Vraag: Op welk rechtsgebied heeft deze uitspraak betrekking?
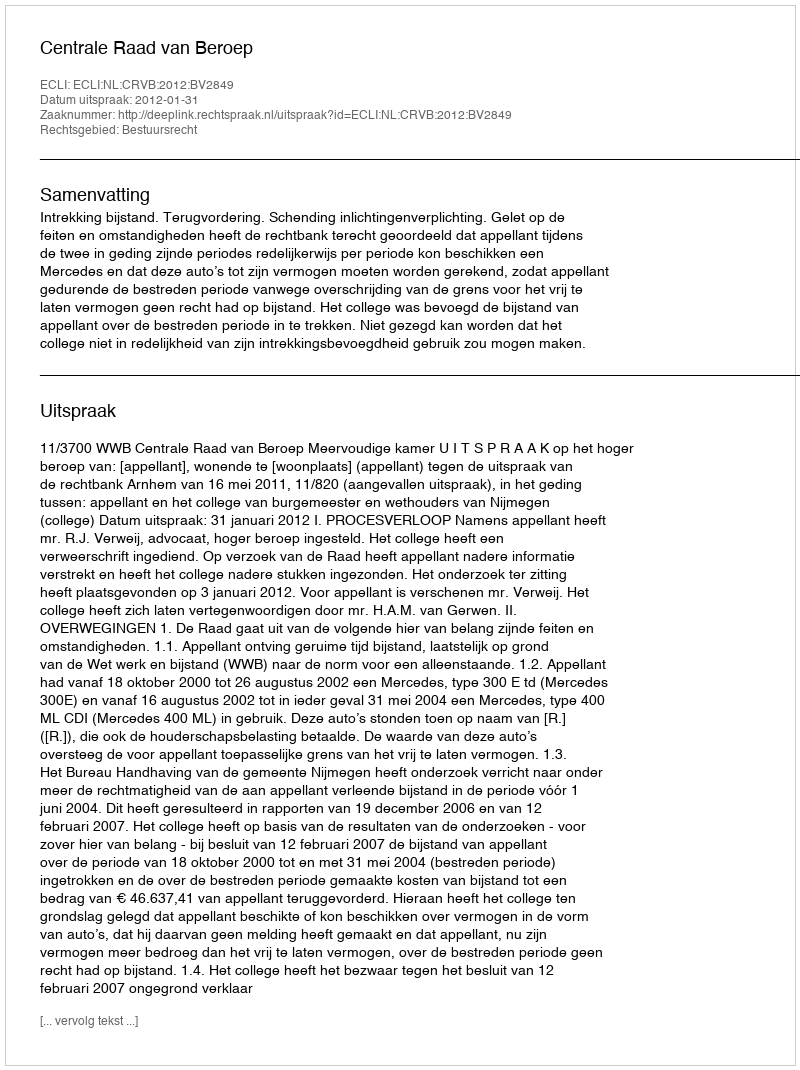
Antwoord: Bestuursrecht